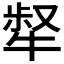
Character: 𤚜